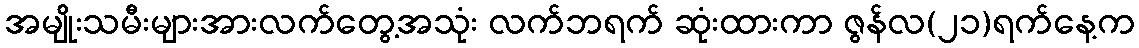
အမျိုးသမီးများအားလက်တွေ့အသုံး လက်ဘရက် ဆုံးထားကာ ဇွန်လ(၂၁)ရက်နေ့က